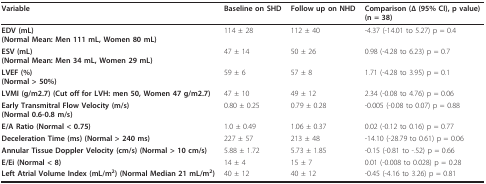
| Variable | Baseline on SHD | Follow up on NHD | Comparison (Δ (95% CI), p value) (n = 38) |
 | --- | --- | --- | --- |
 | EDV (mL)(Normal Mean: Men 111 mL, Women 80 mL) | 114 ± 28 | 112 ± 40 | -4.37 (-14.01 to 5.27) p = 0.4 |
 | ESV (mL)(Normal Mean: Men 34 mL, Women 29 mL) | 47 ± 14 | 50 ± 26 | 0.98 (-4.28 to 6.23) p = 0.7 |
 | LVEF (%)(Normal > 50%) | 59 ± 6 | 57 ± 8 | 1.71 (-4.28 to 3.95) p = 0.1 |
 | LVMI (g/m2.7) (Cut off for LVH: men 50, Women 47 g/m2.7) | 47 ± 10 | 49 ± 12 | 2.34 (-0.08 to 4.76) p = 0.06 |
 | Early Transmitral Flow Velocity (m/s)(Normal 0.6-0.8 m/s) | 0.80 ± 0.25 | 0.79 ± 0.28 | -0.005 (-0.08 to 0.07) p = 0.88 |
 | E/A Ratio (Normal < 0.75) | 1.0 ± 0.49 | 1.06 ± 0.37 | 0.02 (-0.12 to 0.16) p = 0.77 |
 | Deceleration Time (ms) (Normal > 240 ms) | 227 ± 57 | 213 ± 48 | -14.10 (-28.79 to 0.61) p = 0.06 |
 | Annular Tissue Doppler Velocity (cm/s) (Normal > 10 cm/s) | 5.88 ± 1.72 | 5.73 ± 1.85 | -0.15 (-0.81 to -.52) p = 0.66 |
 | E/Ei (Normal < 8) | 14 ± 4 | 15 ± 7 | 0.01 (-0.008 to 0.028) p = 0.28 |
 | Left Atrial Volume Index (mL/m2) (Normal Median 21 mL/m2) | 40 ± 12 | 40 ± 12 | -0.45 (-4.16 to 3.26) p = 0.81 |